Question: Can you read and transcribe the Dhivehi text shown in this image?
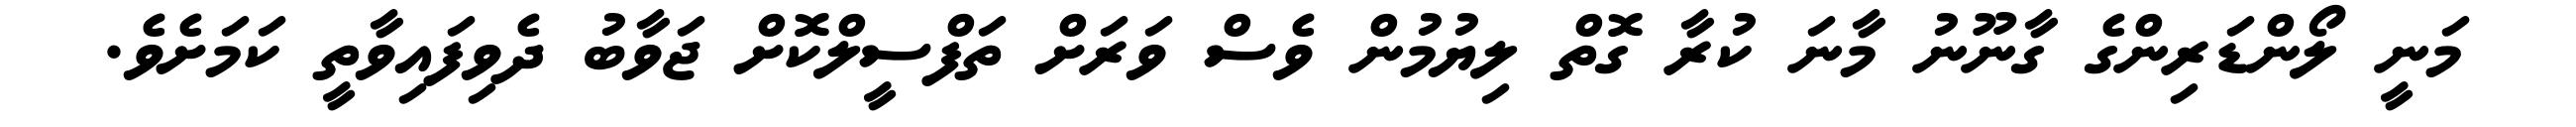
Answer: މަނީ ލޯންޑަރިންގެ ގާނޫނު މާނަ ކުރާ ގޮތް ލިޔުމުން ވެސް ވަރަށް ތަފްސީލްކޮށް ޖަވާބު ދެވިފައިވާތީ ކަމަށެވެ.